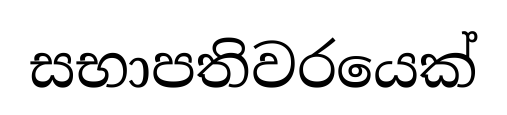
සභාපතිවරයෙක්